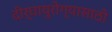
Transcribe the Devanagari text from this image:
दीर्घायुरोग्यासाठी